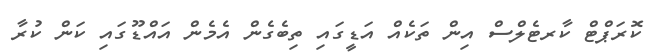
ކޮރަޕްޓް ކާރޓެލްސް އިން ތަކެއް އަޑީގައި ތިބެގެން އެމެން އައްޑޫގައި ކަން ކުރާ